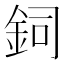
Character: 鉰